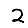
Digit: 2